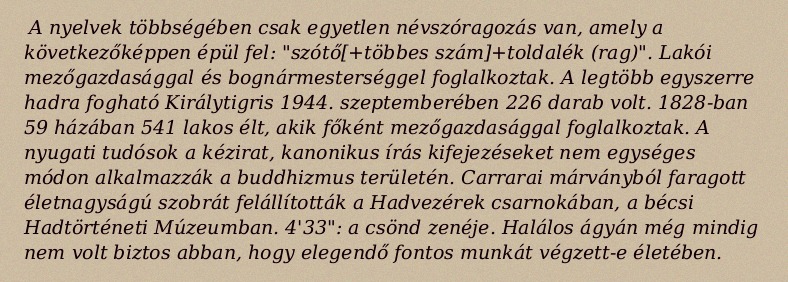
A nyelvek többségében csak egyetlen névszóragozás van, amely a következőképpen épül fel: "szótő[+többes szám]+toldalék (rag)". Lakói mezőgazdasággal és bognármesterséggel foglalkoztak. A legtöbb egyszerre hadra fogható Királytigris 1944. szeptemberében 226 darab volt. 1828-ban 59 házában 541 lakos élt, akik főként mezőgazdasággal foglalkoztak. A nyugati tudósok a kézirat, kanonikus írás kifejezéseket nem egységes módon alkalmazzák a buddhizmus területén. Carrarai márványból faragott életnagyságú szobrát felállították a Hadvezérek csarnokában, a bécsi Hadtörténeti Múzeumban. 4'33": a csönd zenéje. Halálos ágyán még mindig nem volt biztos abban, hogy elegendő fontos munkát végzett-e életében.